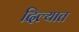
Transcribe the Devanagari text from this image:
दिल्यात